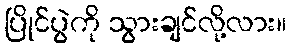
ပြိုင်ပွဲကို သွားချင်လို့လား။